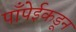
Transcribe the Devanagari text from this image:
पाँपेईकडून